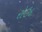
રોઉદ